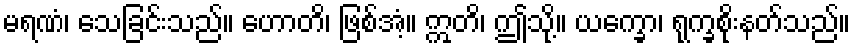
မရဏံ၊ သေခြင်းသည်။ ဟောတိ၊ ဖြစ်အံ့။ ဣတိ၊ ဤသို့။ ယက္ခော၊ ရုက္ခစိုးနတ်သည်။